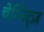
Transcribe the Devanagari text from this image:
चेम्निट्ज़